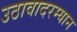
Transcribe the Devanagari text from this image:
उठावादरम्यान